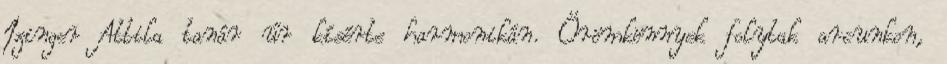
Izinger Attila tanár úr kísérte harmonikán. Örömkönnyek folytak arcunkon,